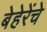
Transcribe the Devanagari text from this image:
बेहेरेंचे